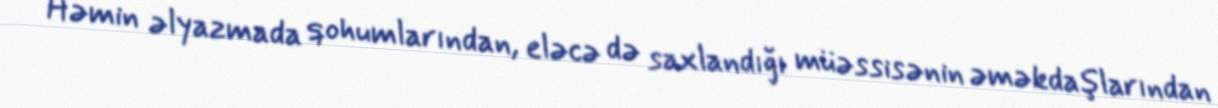
Həmin əlyazmada qohumlarından, eləcə də saxlandığı müəssisənin əməkdaşlarından